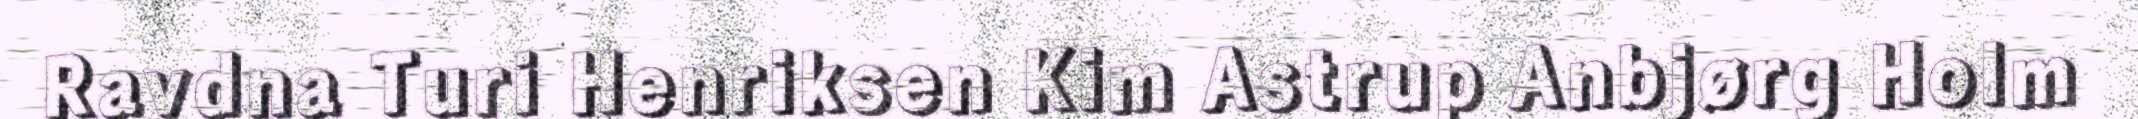
Ravdna Turi Henriksen Kim Astrup Anbjørg Holm